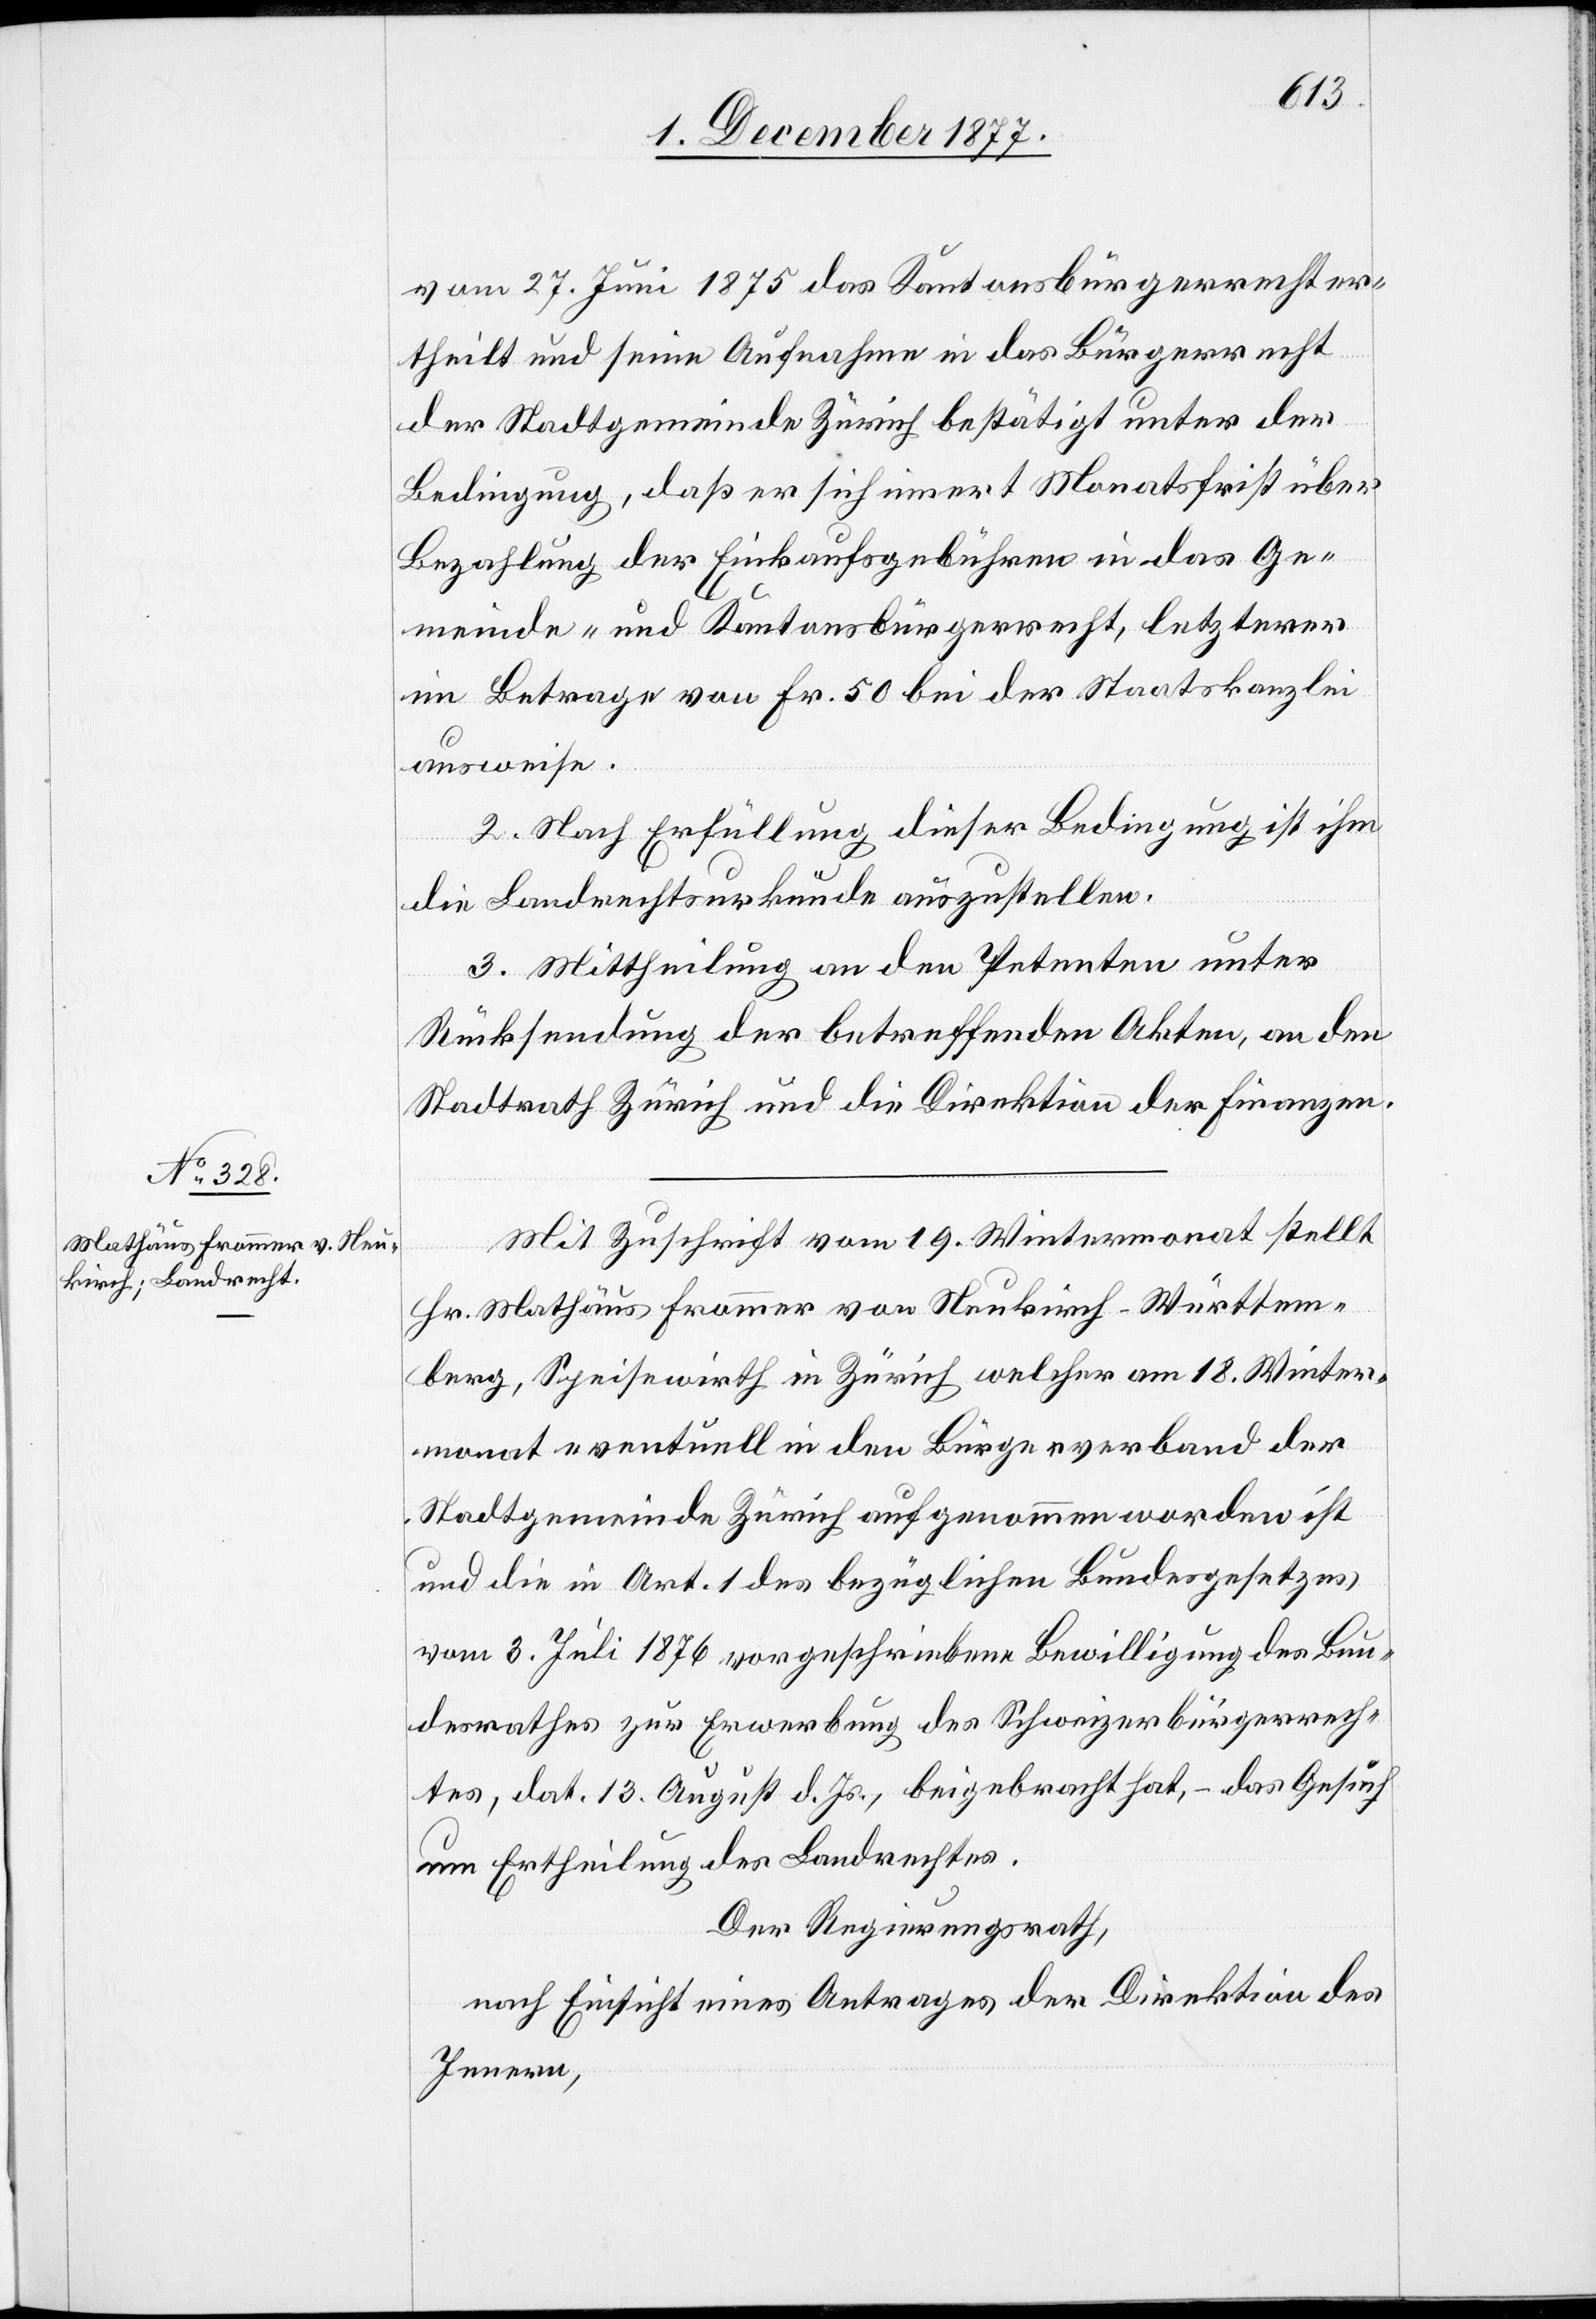
vom 27. Juni 1875 das Kantonsbürgerrecht er¬
theilt und seine Aufnahme in das Bürgerrecht
der Stadtgemeinde Zürich bestätigt unter der
Bedingung, daß er sich innert Monatsfrist über
Bezahlung der Einkaufsgebühren in das Ge¬
meinde- und Kantonsbürgerrecht, letzterer
im Betrage von Fr. 50 bei der Staatskanzlei
ausweise.
2. Nach Erfüllung dieser Bedingung ist ihm
die Landrechtsurkunde auszustellen.
3. Mittheilung an den Petenten unter
Rücksendung der betreffenden Akten, an den
Stadtrath Zürich und die Direktion der Finanzen.
Mit Zuschrift vom 19. Wintermonat stellt
Hr. Mathäus Frommer von Neukirch - Württem¬
berg, Speisewirth in Zürich welcher am 18. Winter¬
monat eventuell in den Bürgerverband der
Stadtgemeinde Zürich aufgenommen worden ist
und die in Art. 1 des bezüglichen Bundesgesetzes
vom 3. Juli 1876 vorgeschriebene Bewilligung des Bun¬
desrathes zur Erwerbung des Schweizerbürgerrech¬
tes, dat. 13. August d. Js., beigebracht hat, – das Gesuch
um Ertheilung des Landrechtes.
Der Regierungsrath,
nach Einsicht eines Antrages der Direktion des
Innern,